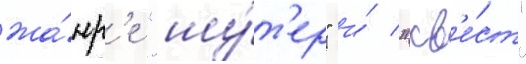
жа́нр'е "шу́т'ер" и́ "кв'е́ст"